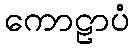
ကောဠာပံ